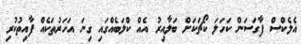
އެލެކްސް ފާގަސަން ކަހަލަ ކޯޗަކަށް ބަލާއިރު އެއް ކްލަބެއްގައި ގިނަ އަހަރުތަކެއް ފާއިތުކުރި